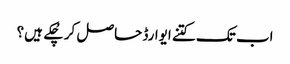
اب تک کتنے ایوارڈ حاصل کر چُکے ہیں؟